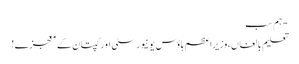
- ہم سب
تعلیم بالغاں،وزیراعظم ہاؤس یونیورسٹی اور کپتان کے معجزے!